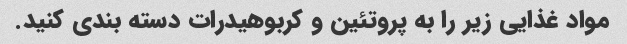
مواد غذایی زیر را به پروتئین و کربوهیدرات دسته بندی کنید.